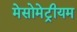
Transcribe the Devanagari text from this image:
मेसोमेट्रीयम